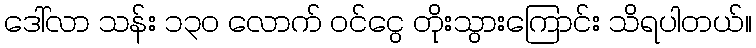
ဒေါ်လာ သန်း ၁၃၀ လောက် ဝင်ငွေ တိုးသွားကြောင်း သိရပါတယ်။